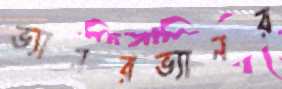
ভ্যানরভ্যানর